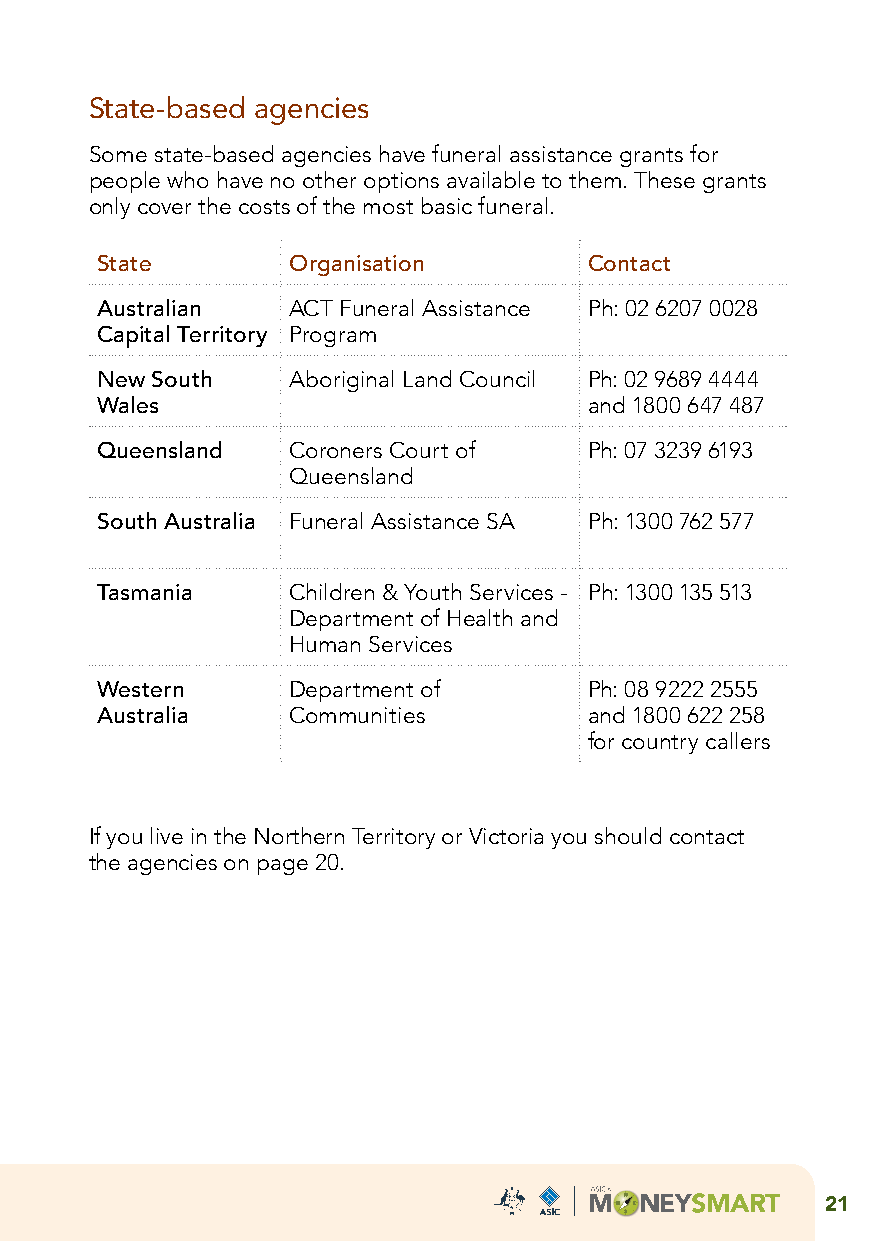
State-based agencies
 Some state-based agencies have funeral assistance grants for
 people who have no other options available to them. These grants
 only cover the costs of the most basic funeral.
 State        Organisation        Contact
 Australian   ACT Funeral Assistance Ph: 02 6207 0028
 Capital Territory Program
 New South    Aboriginal Land Council Ph: 02 9689 4444
 Wales                            and 1800 647 487
 Queensland   Coroners Court of   Ph: 07 3239 6193
 Queensland
 South Australia Funeral Assistance SA Ph: 1300 762 577
 Tasmania     Children & Youth Services - Ph: 1300 135 513
 Department of Health and
 Human Services
 Western      Department of       Ph: 08 9222 2555
 Australia    Communities         and 1800 622 258
 for country callers
 If you live in the Northern Territory or Victoria you should contact
 the agencies on page 20.
 21